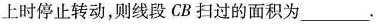
上时停止转动，则线段CB扫过的面积为_____。B'(第13题)